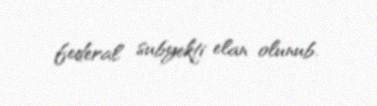
federal subyekti elan olunub.